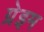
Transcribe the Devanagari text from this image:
ग्रेइम